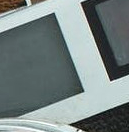
طريق رئيسي